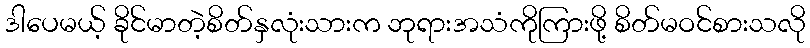
ဒါပေမယ့် ခိုင်မာတဲ့စိတ်နှလုံးသားက ဘုရားအသံကိုကြားဖို့ စိတ်မဝင်စားသလို